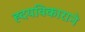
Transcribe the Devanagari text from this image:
ह्दयविकाराने